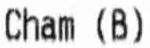
CHAM (B)